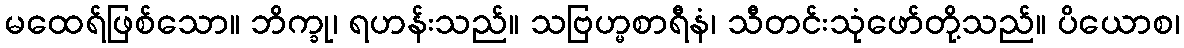
မထေရ်ဖြစ်သော။ ဘိက္ခု၊ ရဟန်းသည်။ သဗြဟ္မစာရီနံ၊ သီတင်းသုံဖော်တို့သည်။ ပိယောစ၊